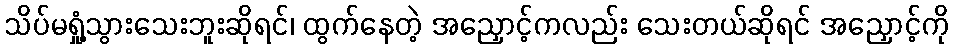
သိပ်မရှုံ့သွားသေးဘူးဆိုရင်၊ ထွက်နေတဲ့ အညှောင့်ကလည်း သေးတယ်ဆိုရင် အညှောင့်ကို